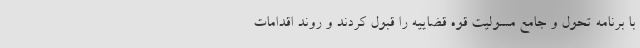
با برنامه تحول و جامع مسولیت قوه قضاییه را قبول کردند و روند اقدامات